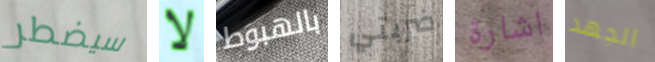
سيضطر لا بالهبوط ضربتي اشارة الجهد